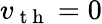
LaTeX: v_{\mathrm{~t~h~}}=0